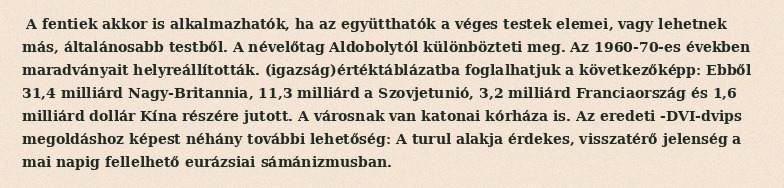
A fentiek akkor is alkalmazhatók, ha az együtthatók a véges testek elemei, vagy lehetnek más, általánosabb testből. A névelőtag Aldobolytól különbözteti meg. Az 1960-70-es években maradványait helyreállították. (igazság)értéktáblázatba foglalhatjuk a következőképp: Ebből 31,4 milliárd Nagy-Britannia, 11,3 milliárd a Szovjetunió, 3,2 milliárd Franciaország és 1,6 milliárd dollár Kína részére jutott. A városnak van katonai kórháza is. Az eredeti -DVI-dvips megoldáshoz képest néhány további lehetőség: A turul alakja érdekes, visszatérő jelenség a mai napig fellelhető eurázsiai sámánizmusban.